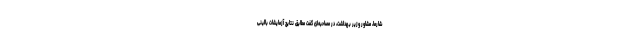
شارما، مشاور وزیر بهداشت، در مصاحبه‌ای گفت مطابق نتایج آزمایشات بالینی